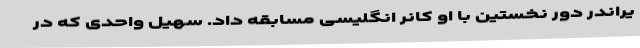
یراندر دور نخستین با او کانر انگلیسی مسابقه داد. سهیل واحدی که در